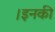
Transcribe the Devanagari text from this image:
।इनकी